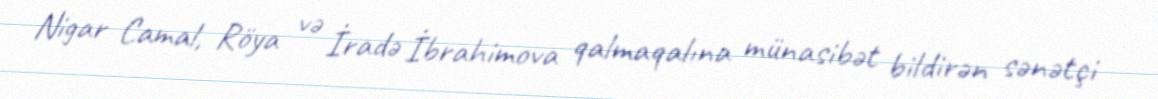
Nigar Camal, Röya və İradə İbrahimova qalmaqalına münasibət bildirən sənətçi